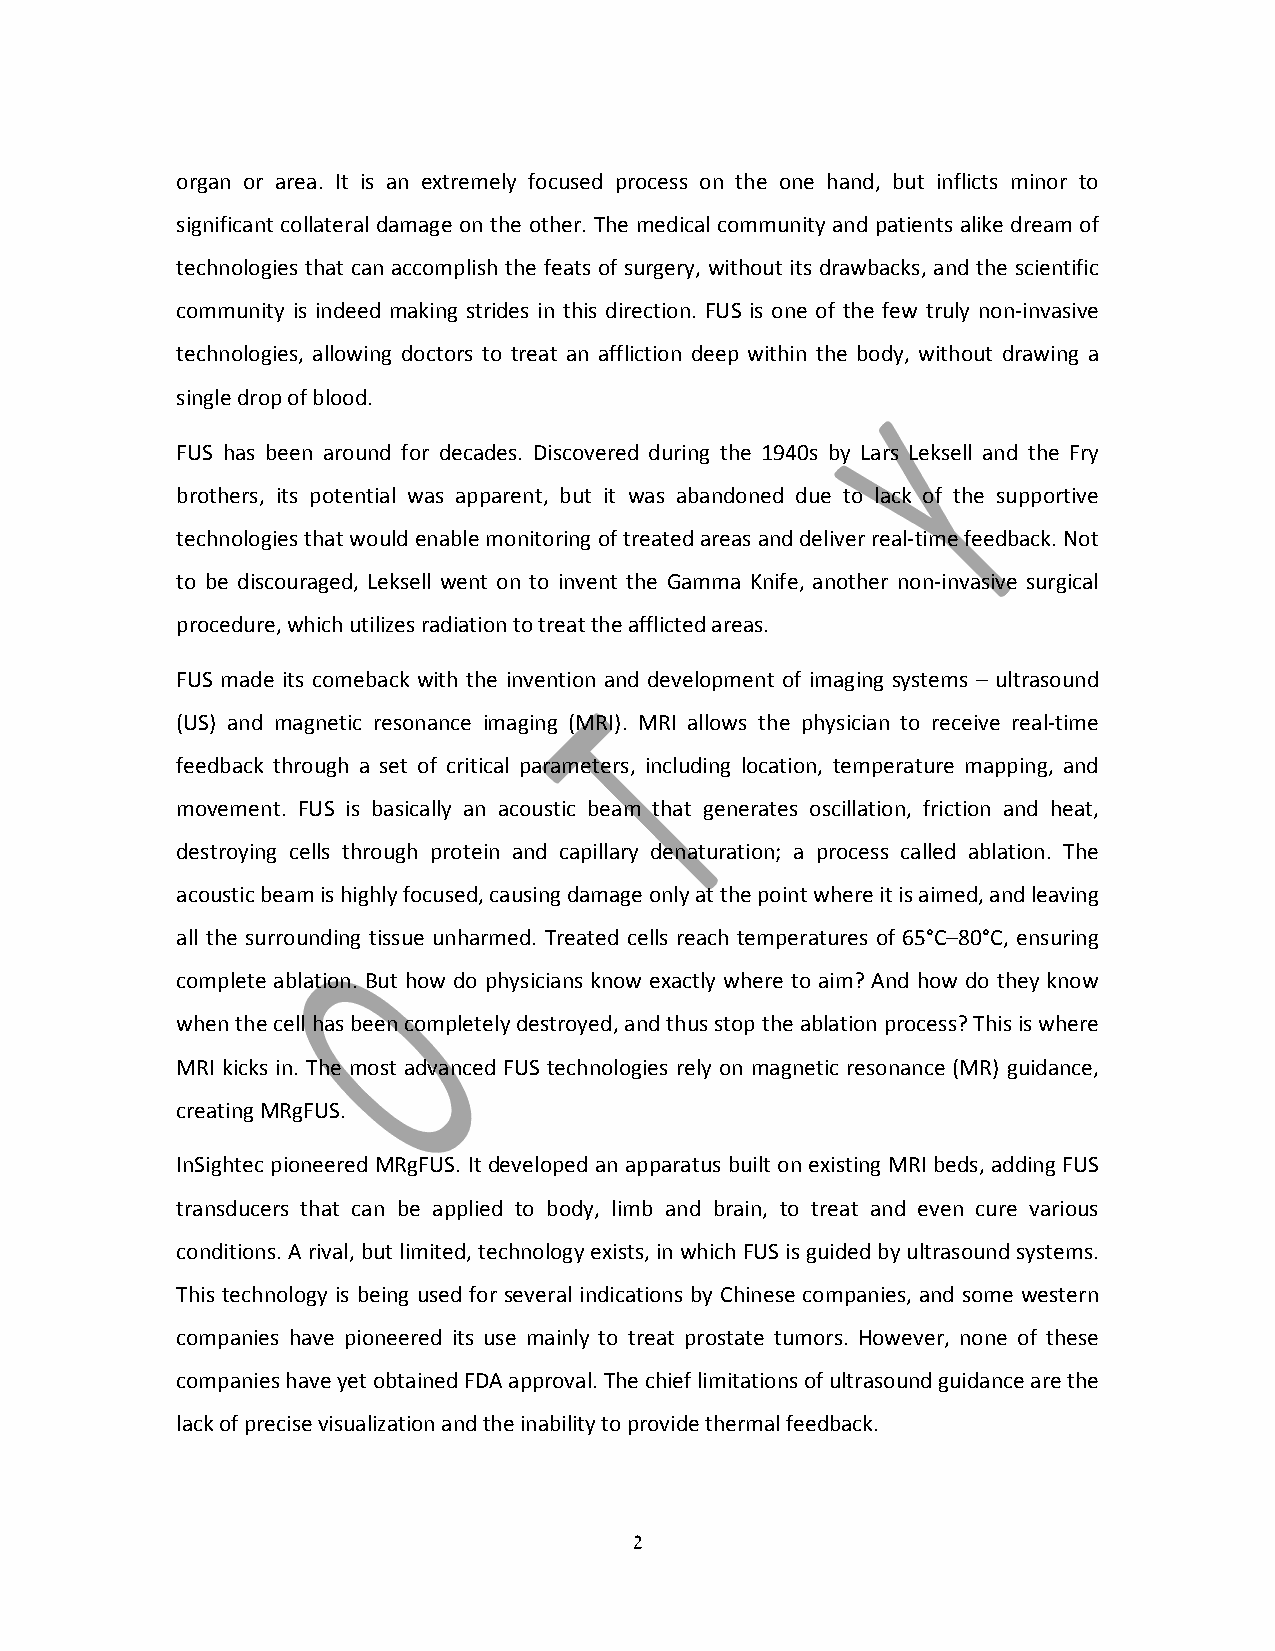
organ or area. It is an extremely focused process on the one hand, but inflicts minor to
 significant collateral damage on the other. The medical community and patients alike dream of
 technologies that can accomplish the feats of surgery, without its drawbacks, and the scientific
 community is indeed making strides in this direction. FUS is one of the few truly non‐invasive
 technologies, allowing doctors to treat an affliction deep within the body, without drawing a
 single drop of blood.
 FUS has been around for decades. Discovered during the 1940s by Lars Leksell and the Fry
 brothers, its potential was apparent, but it was abandoned due to lack of the supportive
 technologies that would enable monitoring of treated areas and deliver real‐time feedback. Not
 to be discouraged, Leksell went on to invent the Gamma Knife, another non‐invasive surgical
 procedure, which utilizes radiation to treat the afflicted areas.
 FUS made its comeback with the invention and development of imaging systems – ultrasound
 (US) and magnetic resonance imaging (MRI). MRI allows the physician to receive real‐time
 feedback through a set of critical parameters, including location, temperature mapping, and
 movement. FUS is basically an acoustic beam that generates oscillation, friction and heat,
 destroying cells through protein and capillary denaturation; a process called ablation. The
 acoustic beam is highly focused, causing damage only at the point where it is aimed, and leaving
 all the surrounding tissue unharmed. Treated cells reach temperatures of 65°C–80°C, ensuring
 complete ablation. But how do physicians know exactly where to aim? And how do they know
 when the cell has been completely destroyed, and thus stop the ablation process? This is where
 MRI kicks in. The most advanced FUS technologies rely on magnetic resonance (MR) guidance,
 creating MRgFUS.
 InSightec pioneered MRgFUS. It developed an apparatus built on existing MRI beds, adding FUS
 transducers that can be applied to body, limb and brain, to treat and even cure various
 conditions. A rival, but limited, technology exists, in which FUS is guided by ultrasound systems.
 This technology is being used for several indications by Chinese companies, and some western
 companies have pioneered its use mainly to treat prostate tumors. However, none of these
 companies have yet obtained FDA approval. The chief limitations of ultrasound guidance are the
 lack of precise visualization and the inability to provide thermal feedback.
 2